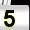
Digit: 5